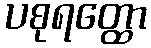
ပစုရတ္ထော